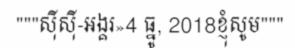
"""ស៊ីស៊ី-អង្គរ»4 ធ្នូ, 2018ខ្ញុំសូម"""